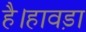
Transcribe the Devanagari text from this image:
है।हावड़ा